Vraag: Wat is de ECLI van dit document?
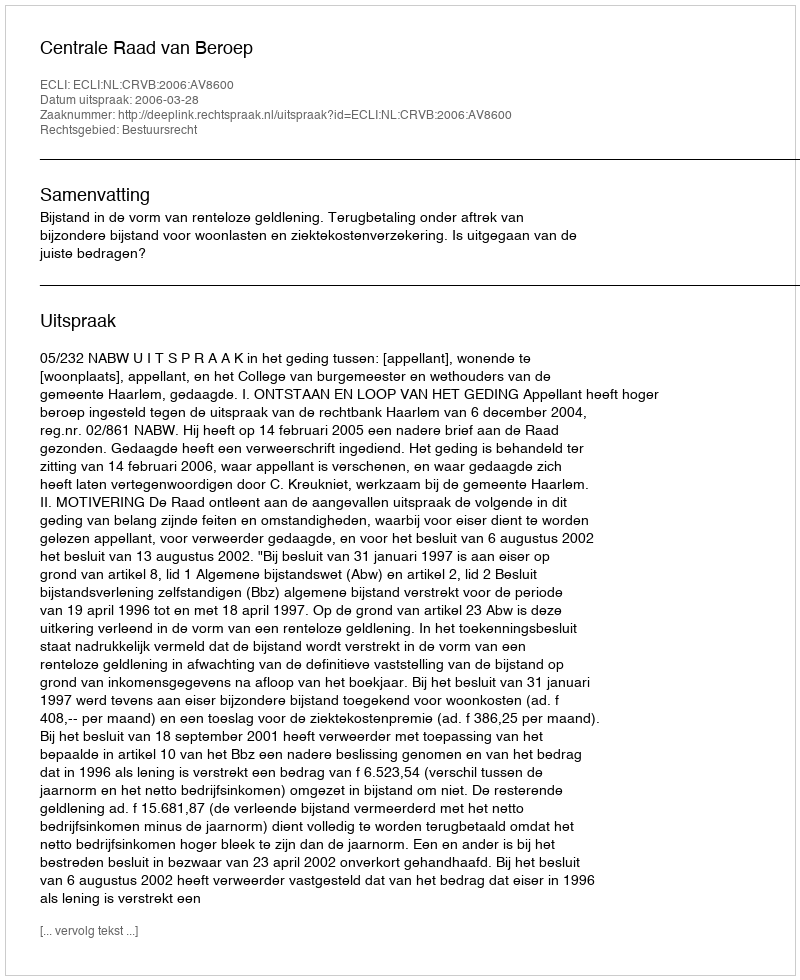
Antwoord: ECLI:NL:CRVB:2006:AV8600